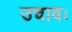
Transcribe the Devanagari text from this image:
उचावः